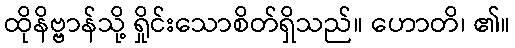
ထိုနိဗ္ဗာန်သို့ ရှိုင်းသောစိတ်ရှိသည်။ ဟောတိ၊ ၏။